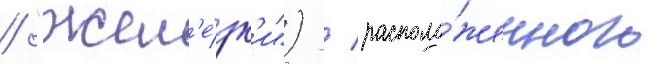
/ "жел'е́зк'и") / располо́женного